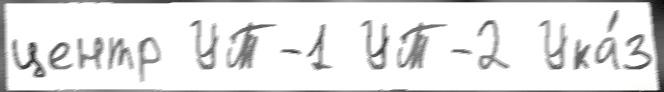
центр УТ-1 УТ-2 Ука́з